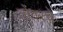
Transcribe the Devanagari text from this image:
तोवरचे